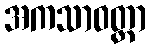
အကသာဝတ္တာ